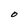
Character: O